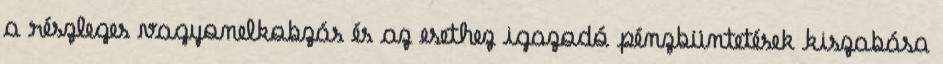
a részleges vagyonelkobzás és az esethez igazodó pénzbüntetések kiszabása